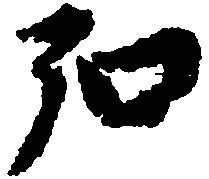
弘